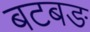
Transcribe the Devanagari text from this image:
बटबङ